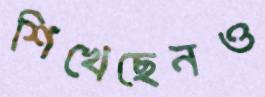
শিখেছেনও